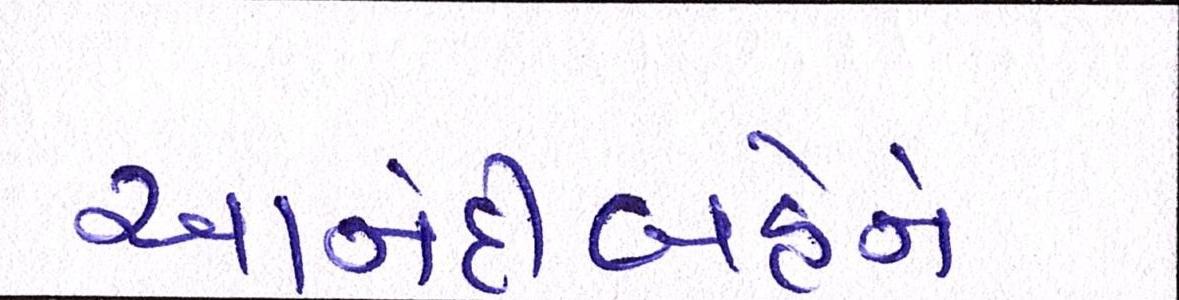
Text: આનંદીબહેને